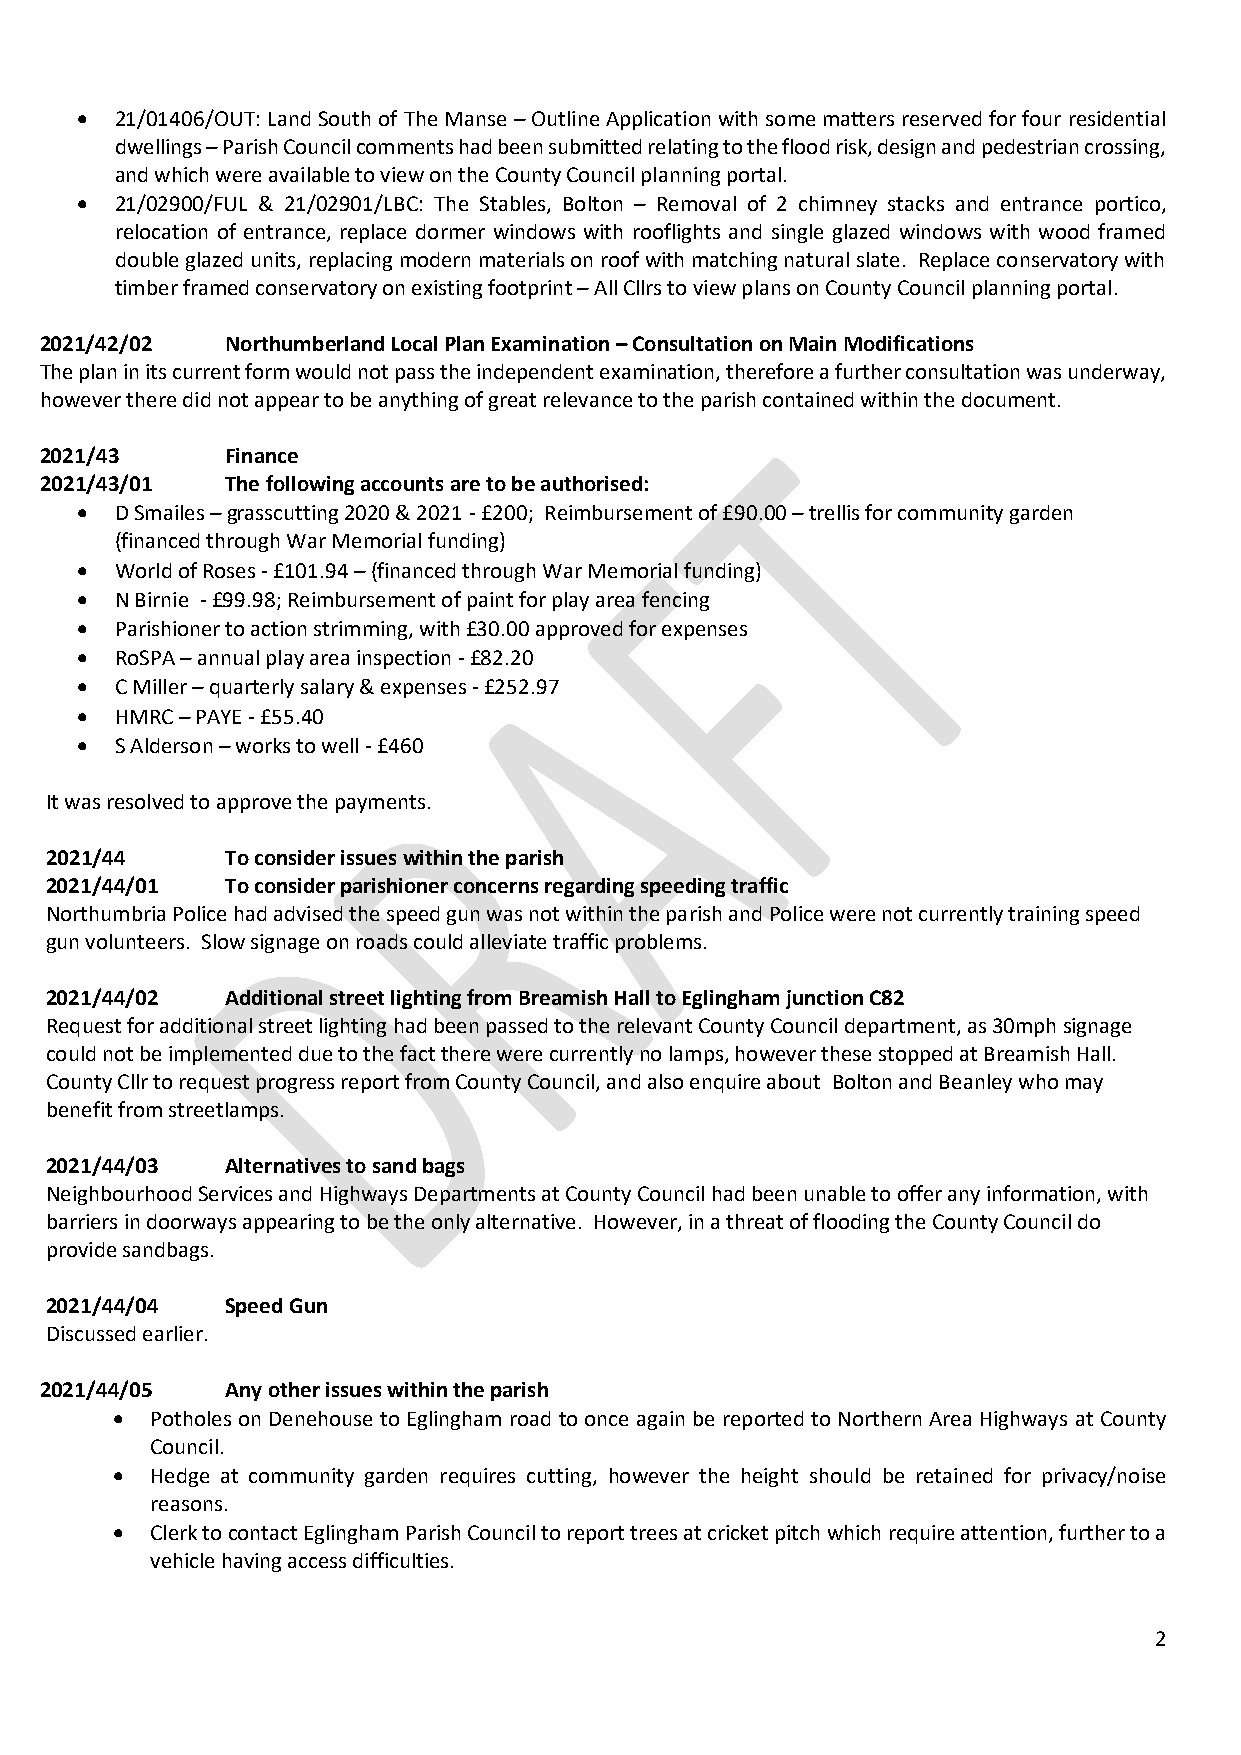
•  21/01406/OUT: Land South of The Manse – Outline Application with some matters reserved for four residential
 dwellings – Parish Council comments had been submitted relating to the flood risk, design and pedestrian crossing,
 and which were available to view on the County Council planning portal.
 •  21/02900/FUL & 21/02901/LBC: The Stables, Bolton – Removal of 2 chimney stacks and entrance portico,
 relocation of entrance, replace dormer windows with rooflights and single glazed windows with wood framed
 double glazed units, replacing modern materials on roof with matching natural slate. Replace conservatory with
 timber framed conservatory on existing footprint – All Cllrs to view plans on County Council planning portal.
 2021/42/02  Northumberland Local Plan Examination – Consultation on Main Modifications
 The plan in its current form would not pass the independent examination, therefore a further consultation was underway,
 however there did not appear to be anything of great relevance to the parish contained within the document.
 2021/43     Finance
 2021/43/01  The following accounts are to be authorised:
 •  D Smailes – grasscutting 2020 & 2021 - £200; Reimbursement of £90.00 – trellis for community garden
 (financed through War Memorial funding)
 •  World of Roses - £101.94 – (financed through War Memorial funding)
 •  N Birnie - £99.98; Reimbursement of paint for play area fencing
 •  Parishioner to action strimming, with £30.00 approved for expenses
 •  RoSPA – annual play area inspection - £82.20
 •  C Miller – quarterly salary & expenses - £252.97
 •  HMRC – PAYE - £55.40
 •  S Alderson – works to well - £460
 It was resolved to approve the payments.
 2021/44     To consider issues within the parish
 2021/44/01  To consider parishioner concerns regarding speeding traffic
 Northumbria Police had advised the speed gun was not within the parish and Police were not currently training speed
 gun volunteers. Slow signage on roads could alleviate traffic problems.
 2021/44/02  Additional street lighting from Breamish Hall to Eglingham junction C82
 Request for additional street lighting had been passed to the relevant County Council department, as 30mph signage
 could not be implemented due to the fact there were currently no lamps, however these stopped at Breamish Hall.
 County Cllr to request progress report from County Council, and also enquire about Bolton and Beanley who may
 benefit from streetlamps.
 2021/44/03  Alternatives to sand bags
 Neighbourhood Services and Highways Departments at County Council had been unable to offer any information, with
 barriers in doorways appearing to be the only alternative. However, in a threat of flooding the County Council do
 provide sandbags.
 2021/44/04  Speed Gun
 Discussed earlier.
 2021/44/05  Any other issues within the parish
 •  Potholes on Denehouse to Eglingham road to once again be reported to Northern Area Highways at County
 Council.
 •  Hedge at community garden requires cutting, however the height should be retained for privacy/noise
 reasons.
 •  Clerk to contact Eglingham Parish Council to report trees at cricket pitch which require attention, further to a
 vehicle having access difficulties.
 2